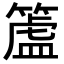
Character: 𥲜